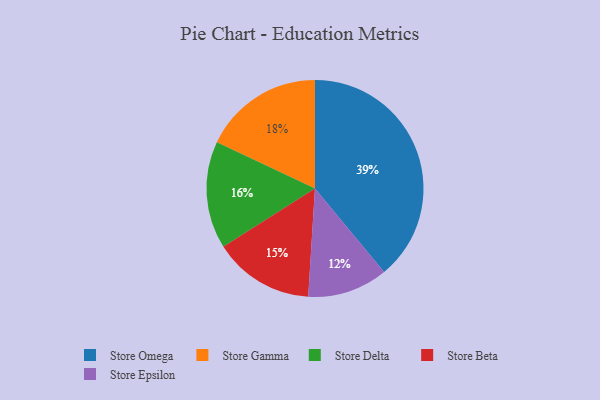
{"axis": {"x": "Category", "y": "Percentage"}, "legend": ["Store Beta", "Store Delta", "Store Epsilon", "Store Gamma", "Store Omega"], "data": [{"x": "Store Omega", "y": 39, "type": "Store Omega"}, {"x": "Store Gamma", "y": 18, "type": "Store Gamma"}, {"x": "Store Beta", "y": 15, "type": "Store Beta"}, {"x": "Store Epsilon", "y": 12, "type": "Store Epsilon"}, {"x": "Store Delta", "y": 16, "type": "Store Delta"}]}